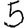
Digit: 5